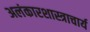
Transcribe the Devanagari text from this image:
अलंकारशास्त्राचार्य